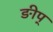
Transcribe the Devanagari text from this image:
ङीप्